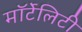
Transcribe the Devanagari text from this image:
मॉर्टेलिटी